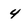
Character: 4